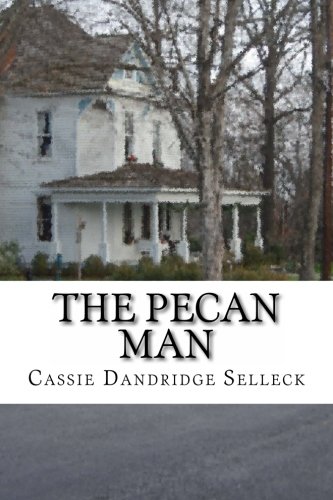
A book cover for The Pecan Man; Cassie Dandridge Selleck; Literature & Fiction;